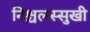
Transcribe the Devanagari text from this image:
निश्चलस्सुखी